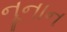
નૂનાન